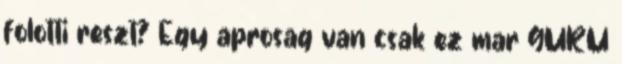
folotti reszt? Egy aprosag van csak ez mar GURU